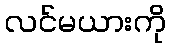
လင်မယားကို